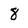
Character: 8